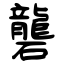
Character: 礱